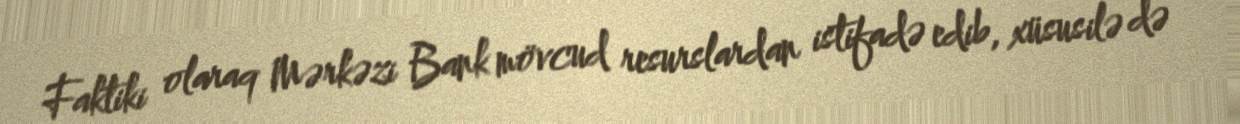
Faktiki olaraq Mərkəzi Bank mövcud resurslardan istifadə edib, xüsusilə də